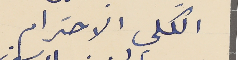
الكلي الاحترام